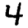
Digit: 4